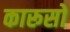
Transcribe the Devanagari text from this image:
कारूसो